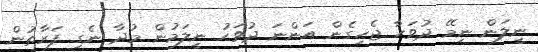
ނީލަން ނިމޭ ދުވަހާ ޖެހިގެން އަންނަ ދުވަހު ނީލަމުން މުދާ ނެގި ފަރާތުން